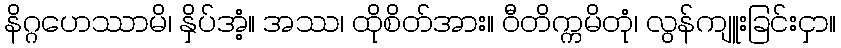
နိဂ္ဂဟေဿာမိ၊ နှိပ်အံ့။ အဿ၊ ထိုစိတ်အား။ ဝီတိက္ကမိတုံ၊ လွန်ကျူးခြင်းငှာ။